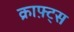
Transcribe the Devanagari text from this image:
क्राफ़्ट्स